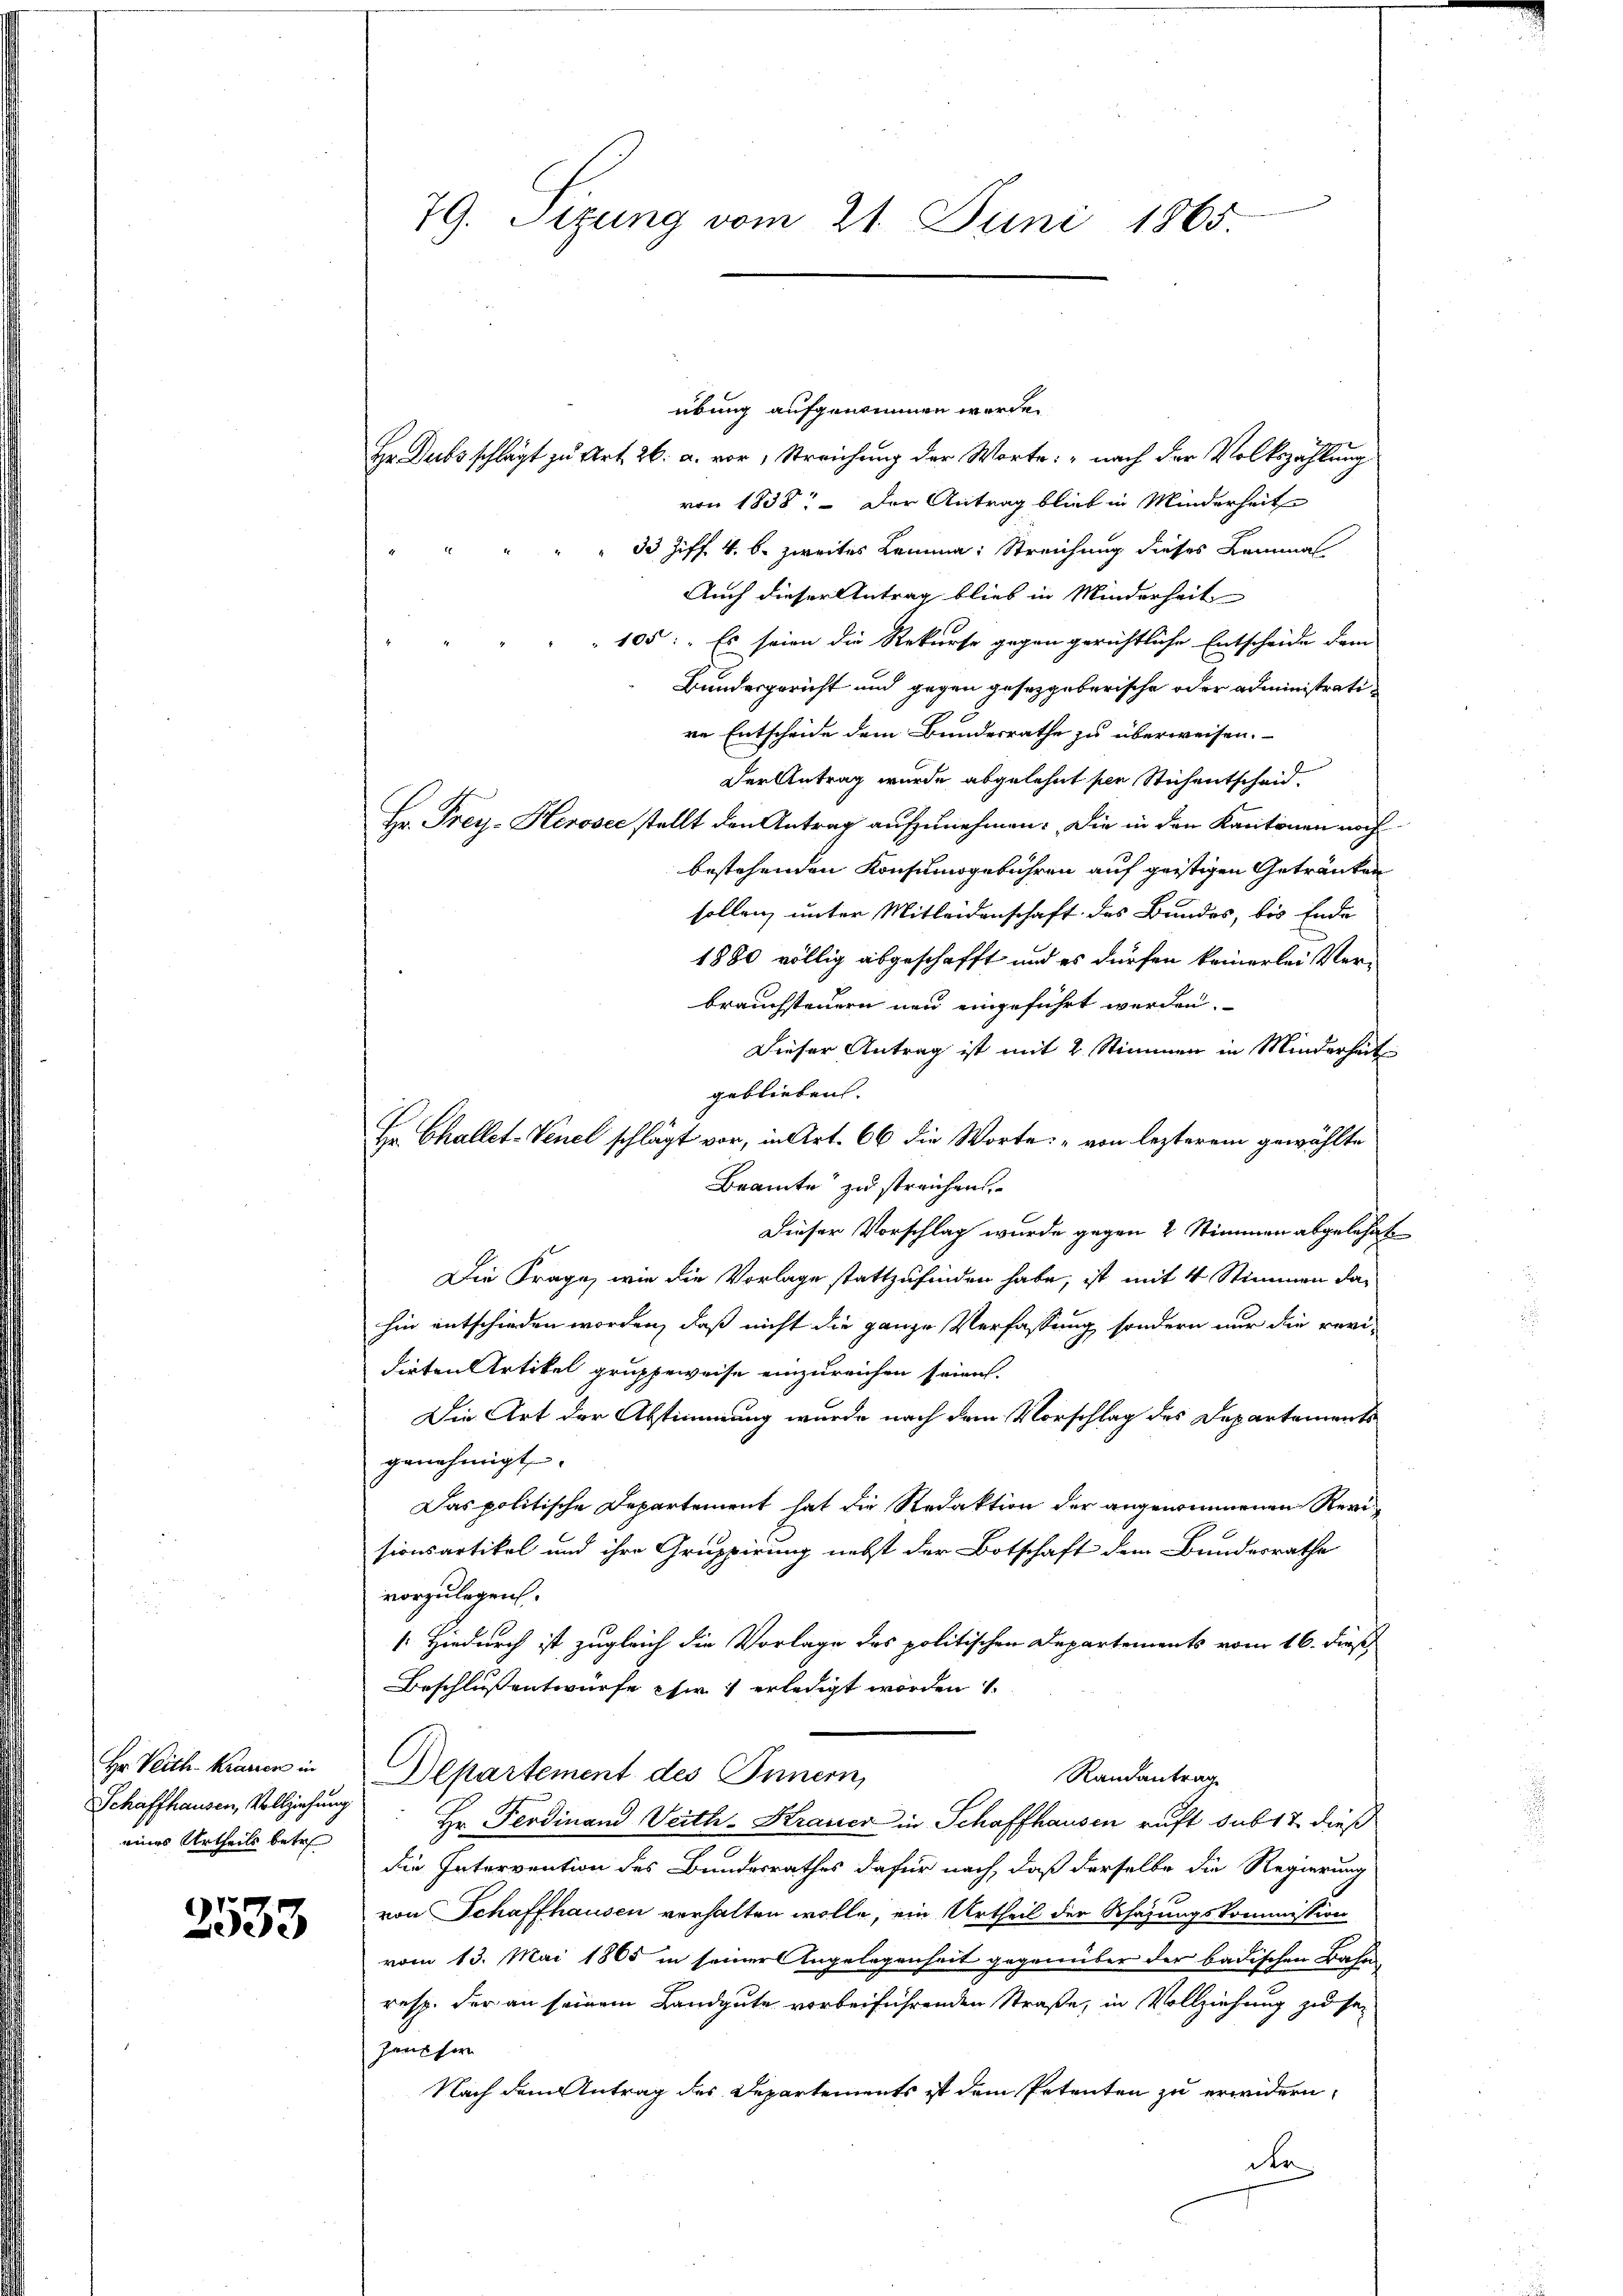
Hr. Veith. Krauen in
Schaffhausen, Vollziehung
eines Urtheils betr

2533

79. Sizung vom 21. Juni 1865.

übung aufgenommen werde.
Hr. Dubs schlägt zu Art. 26. a. vor, Streichung der Worte: „nach der Volkszählung
von 1835. - Der Antrag blieb in Minderheit
 33 Ziff. 4. b. zweites Lemma: Streichung dieses Lemmal
Auch dieser Antrag blieb in Minderheit
105: „Es seien die Rekurse gegen gerichtliche Entscheide dem
Bundesgericht und gegen gesetzgeberische oder administratire Entscheide dem Bundesrathe zu überweisen.
Der Antrag wurde abgelehnt per Stichentscheid.
Hr. Frey. Herosec stellt den Antrag aufzunehmen. Die in den Kantonen noch
bestehenden Konsumogebühren auf geistigen Getränken
sollen, unter Mitleidenschaft des Bundes, bis Ende
1880 völlig abgeschafft und es dürfen keinerlei Verbrauchsteuern neu eingeführt werden.
Dieser Antrag ist mit 2 Stimmen in Minderheit
geblieben.
Hr Challet-Venel schlägt vor, in Art. 66 die Worte: „von lezterem gewählte
Beamte zu streichen.
Dieser Vorschlag wurde gegen 2 Stimmen abgelehnt
Die Frage, wie die Vorlage stattzufinden habe, ist mit 4 Stimmen da-
hin entschieden worden, daß nicht die ganze Verfassung sondern nur die revi-
dirten Artikel gruppeweise einzureichen seien.
Die Art der Abstimmung wurde nach dem Vorschlag des Departements
genehmigt.
Das politische Departement hat die Redaktion der angenommenen Revisionsartikel und ihre Gruppirung nebst der Botschaft dem Bundesrathe
vorzulegen.
[Hiedurch ist zugleich die Vorlage des politischen Departements vom 16. dieß,
Beschluß entwürfe chir erledigt worden.
Departement des Innern,
Randantrag
Hr. Ferdinand Veith-Krauer in Schaffhausen ruft sub 12 dieß
die Intervention des Bundesrathes dafür nach, daß derselbe die Regierung
von Schaffhausen verhalten wolle, ein Urtheil der Schätzungskommission
vom 13. Mai 1865 in seiner Angelegenheit gegenüber der badischen Bahn¬
resp. der an seinem Landgute vorbeiführenden Straße, in Vollziehung zu sei
heusser
Nach dem Antrag des Departements ist dem Petenten zu erwidern,
der